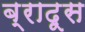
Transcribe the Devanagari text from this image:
ब्रादूस